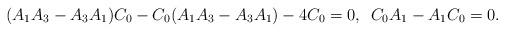
LaTeX: \begin{align*}(A_{1}A_{3}-A_{3}A_{1})C_{0}-C_{0}(A_{1}A_{3}-A_{3}A_{1})-4C_{0}=0,\,\,\, C_{0}A_{1}-A_{1}C_{0}=0.\end{align*}